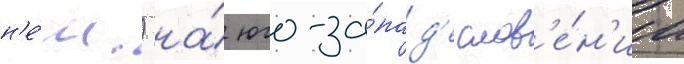
н'е́м.) на́ юго-за́пад'е слов'е́н'ии